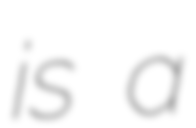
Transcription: is a